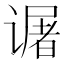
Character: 𬤜